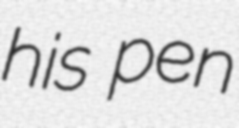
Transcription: his pen